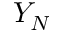
Y _ { N }